King Institute of Preventive Medicine Micro-Biological Section reports 1912-19
Year: 1912
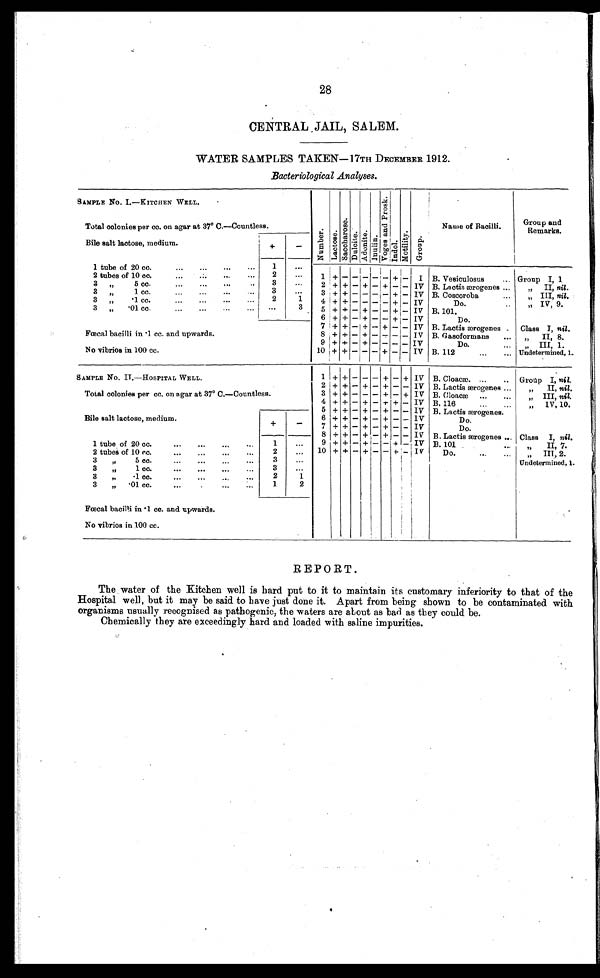
28
CENTRAL JAIL, SALEM.
WATER SAMPLES TAKEN—17TH DECEMBER 1912.
Bacteriological Analyses.
SAMPLE No. I.—KITCHEN WELL.
Numbe r .
Lact ose.
Sacchar os e. Dulcite. Adonite.Inulin. Voge s a nd Pr os k. Indol.
Mot i l i t y. Group.
Name of Bacilli.
Group and
Remarks.
Total colonies per cc. on agar at 37° C.—Countless.
Bile salt lactose, medium.
+
-
1 tube of 20 cc. . . .
1
. . .
1 + - -
-
- -
+
-
I
B. Vesiculosus . . .
Group I, 1
2 tubes of 10 cc. . . .
2
. . .
3 " 5 cc. . . .
3
. . .
2
+ +
-
+
- +
- -
IV B. Lactis ærogenes . . .
" II, nil.
3 " 1 cc. . . .
3
. . .
3
+ + -
-
- -
+ -
IV B. Coscoroba . . .
" I I I ,n
i l .
3 " .1 cc. . . .
2
1
4
+ + -
-
- -
+ -
IV
Do. . . .
" I V , 9 .
3 " .01 cc. . . .
. . .
3
5
+
+ -
+
- -
+ -
IV
B.101.
6
+ + -
+
- -
+ -
IV
Do.
Fœcal bacilli in .1 cc. and upwards.
7
+ + -
+
- +
- -
IV B. Lactis ærogenes .
Class I, nil .
8
+ + -
+
- -
- -
IV
B. Gasoformans . . .
" II, 8.
No vibrios in 100 cc.
9
+ + -
+
- -
- -
IV
Do. . . .
" III, 1.
10
+
+ -
-
- +
- -
IV
B. 112 . . .
Undetermined, 1.
SAMPLE No. II.—HOSPITAL WELL.
1
+ + -
-
- +
- + IV
B. Cloacæ. . . .
Group I, nil.
2 + + -
+
- +
- -
IV
B. Lactis ærogenes . . .
" II, nil .
Total colonies per cc. on agar at 37° C.—Countless.
3 + + -
-
- +
- + IV
B. Cloacæ . . .
" III, nil.
Bile salt lactose, medium.
+
-
4
+
+ -
+
- +
+ -
IV
B. 116 . . .
" IV, 10.
5 + + -
+
- +
- -
IV
B. Lactis ærogenes.
6
+ + -
+
- +
- -
IV
Do.
7 + + -
+
- +
- -
IV
Do.
8 + + -
+
+
- -
IV
B. Lactis ærogenes . . .
Class I, nil .
1 tube of 20 cc. . . .
1
. . .
9 + + -
+ -
-
+ -
IV
B. 101 . . .
"
II, 7.
2 tubes of 10 cc. . . .
2
. . . 10 + + -
+
- -
+ -
IV
D o . . . .
" I I I , 2 .
3 " 5 cc. . . .
3
. . .
Undetermined, 1.
3 " 1 cc. . . .
3
. . .
3 " .1 cc. . . .
2
1
3 " .01 cc. . . .
1
2
Fœcal bacilli in .1 cc. and upwards.
No vibrios in 100 cc.
REPORT.
The water of the Kitchen well is hard put to it to maintain its customary inferiority to that of the
Hospital well, but it may be said to have just done it. Apart from being shown to be contaminated with
organisms usually recognised as pathogenic, the waters are about as bad as they could be.
Chemically they are exceedingly hard and loaded with saline impurities.